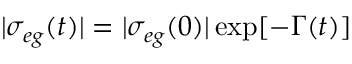
| \sigma _ { e g } ( t ) | = | \sigma _ { e g } ( 0 ) | \exp [ - \Gamma ( t ) ]